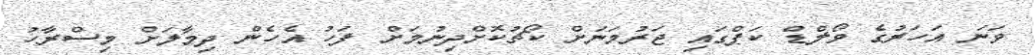
ވަނަ އަހަރުގެ ވޯލްޑް ކަޕްގައި ޖަރުމަނަށް ކޯޗުކޮށްދިނުމަށް ފަހު އެހެން ދިމާލަށް މިސްރާހު